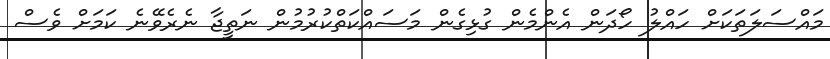
މައްސަލަތަކަށް ހައްލު ހޯދަން އެންމެން ގުޅިގެން މަސައްކަތްކުރުމުން ނަތީޖާ ނެރެވޭނެ ކަމަށް ވެސް